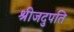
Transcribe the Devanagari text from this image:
श्रीजदुपति